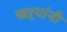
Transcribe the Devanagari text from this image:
खऱ्यांनी